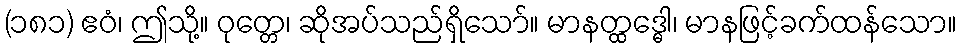
(၁၈၁) ဧဝံ၊ ဤသို့။ ဝုတ္တေ၊ ဆိုအပ်သည်ရှိသော်။ မာနတ္ထဒ္ဓေါ၊ မာနဖြင့်ခက်ထန်သော။